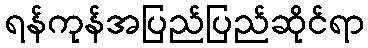
ရန်ကုန်အပြည်ပြည်ဆိုင်ရာ